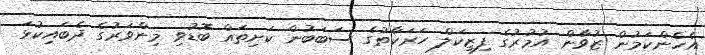
އެހެންކަމުން ޒުވާން އުމުރުގެ ފިޒިކަލް ހަރަކާތުގެ ސަބަބުން ކަށިތައް ބޮޑުވި މިންވަރުގެ ދެބައިކުޅަ